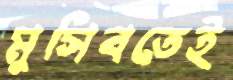
মুসিবতেই